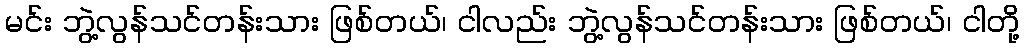
မင်း ဘွဲ့လွန်သင်တန်းသား ဖြစ်တယ်၊ ငါလည်း ဘွဲ့လွန်သင်တန်းသား ဖြစ်တယ်၊ ငါတို့